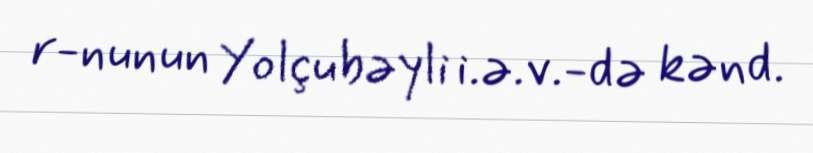
r-nunun Yolçubəyli i.ə.v.-də kənd.